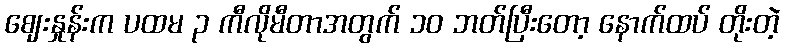
ဈေးနှုန်းက ပထမ ၃ ကီလိုမီတာအတွက် ၁၀ ဘတ်ပြီးတော့ နောက်ထပ် တိုးတဲ့